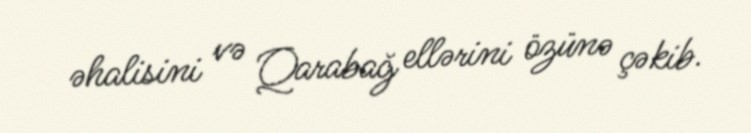
əhalisini və Qarabağ ellərini özünə çəkib.